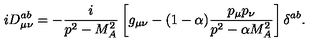
i D _ { \mu \nu } ^ { a b } = - \frac i { p ^ { 2 } - M _ { A } ^ { 2 } } \left[ g _ { \mu \nu } - ( 1 - \alpha ) \frac { p _ { \mu } p _ { \nu } } { p ^ { 2 } - \alpha M _ { A } ^ { 2 } } \right] \delta ^ { a b } .